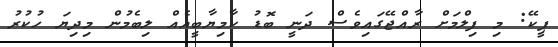
ޕީކޭ: މި ފިލްމަށް ރާއްޖޭގައިވެސް ދަނީ ބޮޑު ކާމިޔާބީއެއް ލިބެމުން މިދިޔަ ހުކުރު